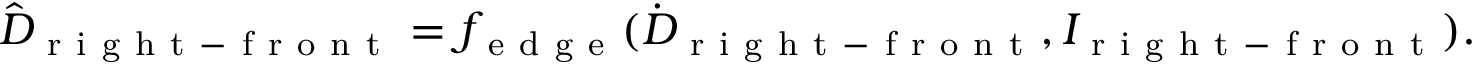
\hat { D } _ { \mathrm { ~ r ~ i ~ g ~ h ~ t ~ - ~ f ~ r ~ o ~ n ~ t ~ } } = f _ { \mathrm { ~ e ~ d ~ g ~ e ~ } } ( \dot { D } _ { \mathrm { ~ r ~ i ~ g ~ h ~ t ~ - ~ f ~ r ~ o ~ n ~ t ~ } } , I _ { \mathrm { ~ r ~ i ~ g ~ h ~ t ~ - ~ f ~ r ~ o ~ n ~ t ~ } } ) .